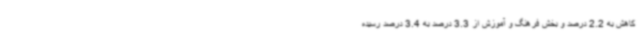
کاهش به 2.2 درصد و بخش فرهنگ و آموزش از 3.3 درصد به 3.4 درصد رسیده